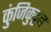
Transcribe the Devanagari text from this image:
कुंजिकुट्टन